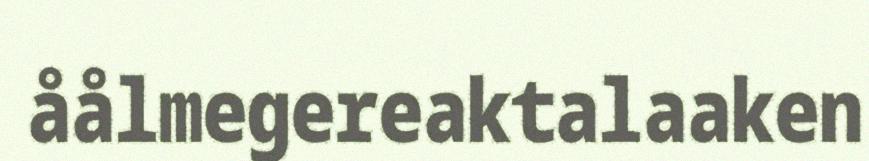
åålmegereaktalaaken